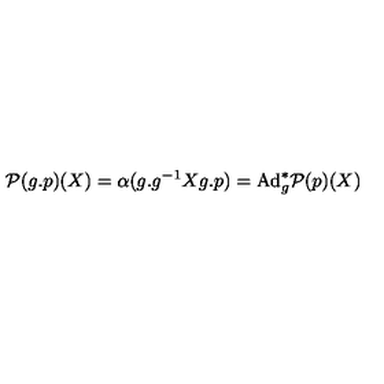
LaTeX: { \cal P } ( g . p ) ( X ) = \alpha ( g . g ^ { - 1 } X g . p ) = \mathrm { A d } _ { g } ^ { * } { \cal P } ( p ) ( X )